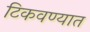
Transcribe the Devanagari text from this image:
टिकवण्यात